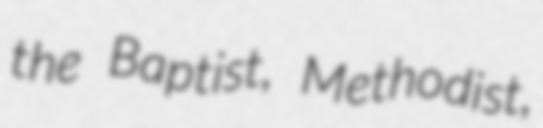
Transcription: the Baptist, Methodist,